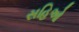
સહિઓ